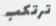
ترتكب